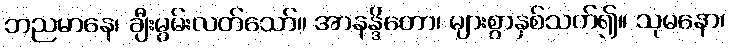
ဘညမာနေ၊ ချီးမွမ်းလတ်သော်။ အာနန္ဒိတော၊ များစွာနှစ်သက်၍။ သုမနော၊